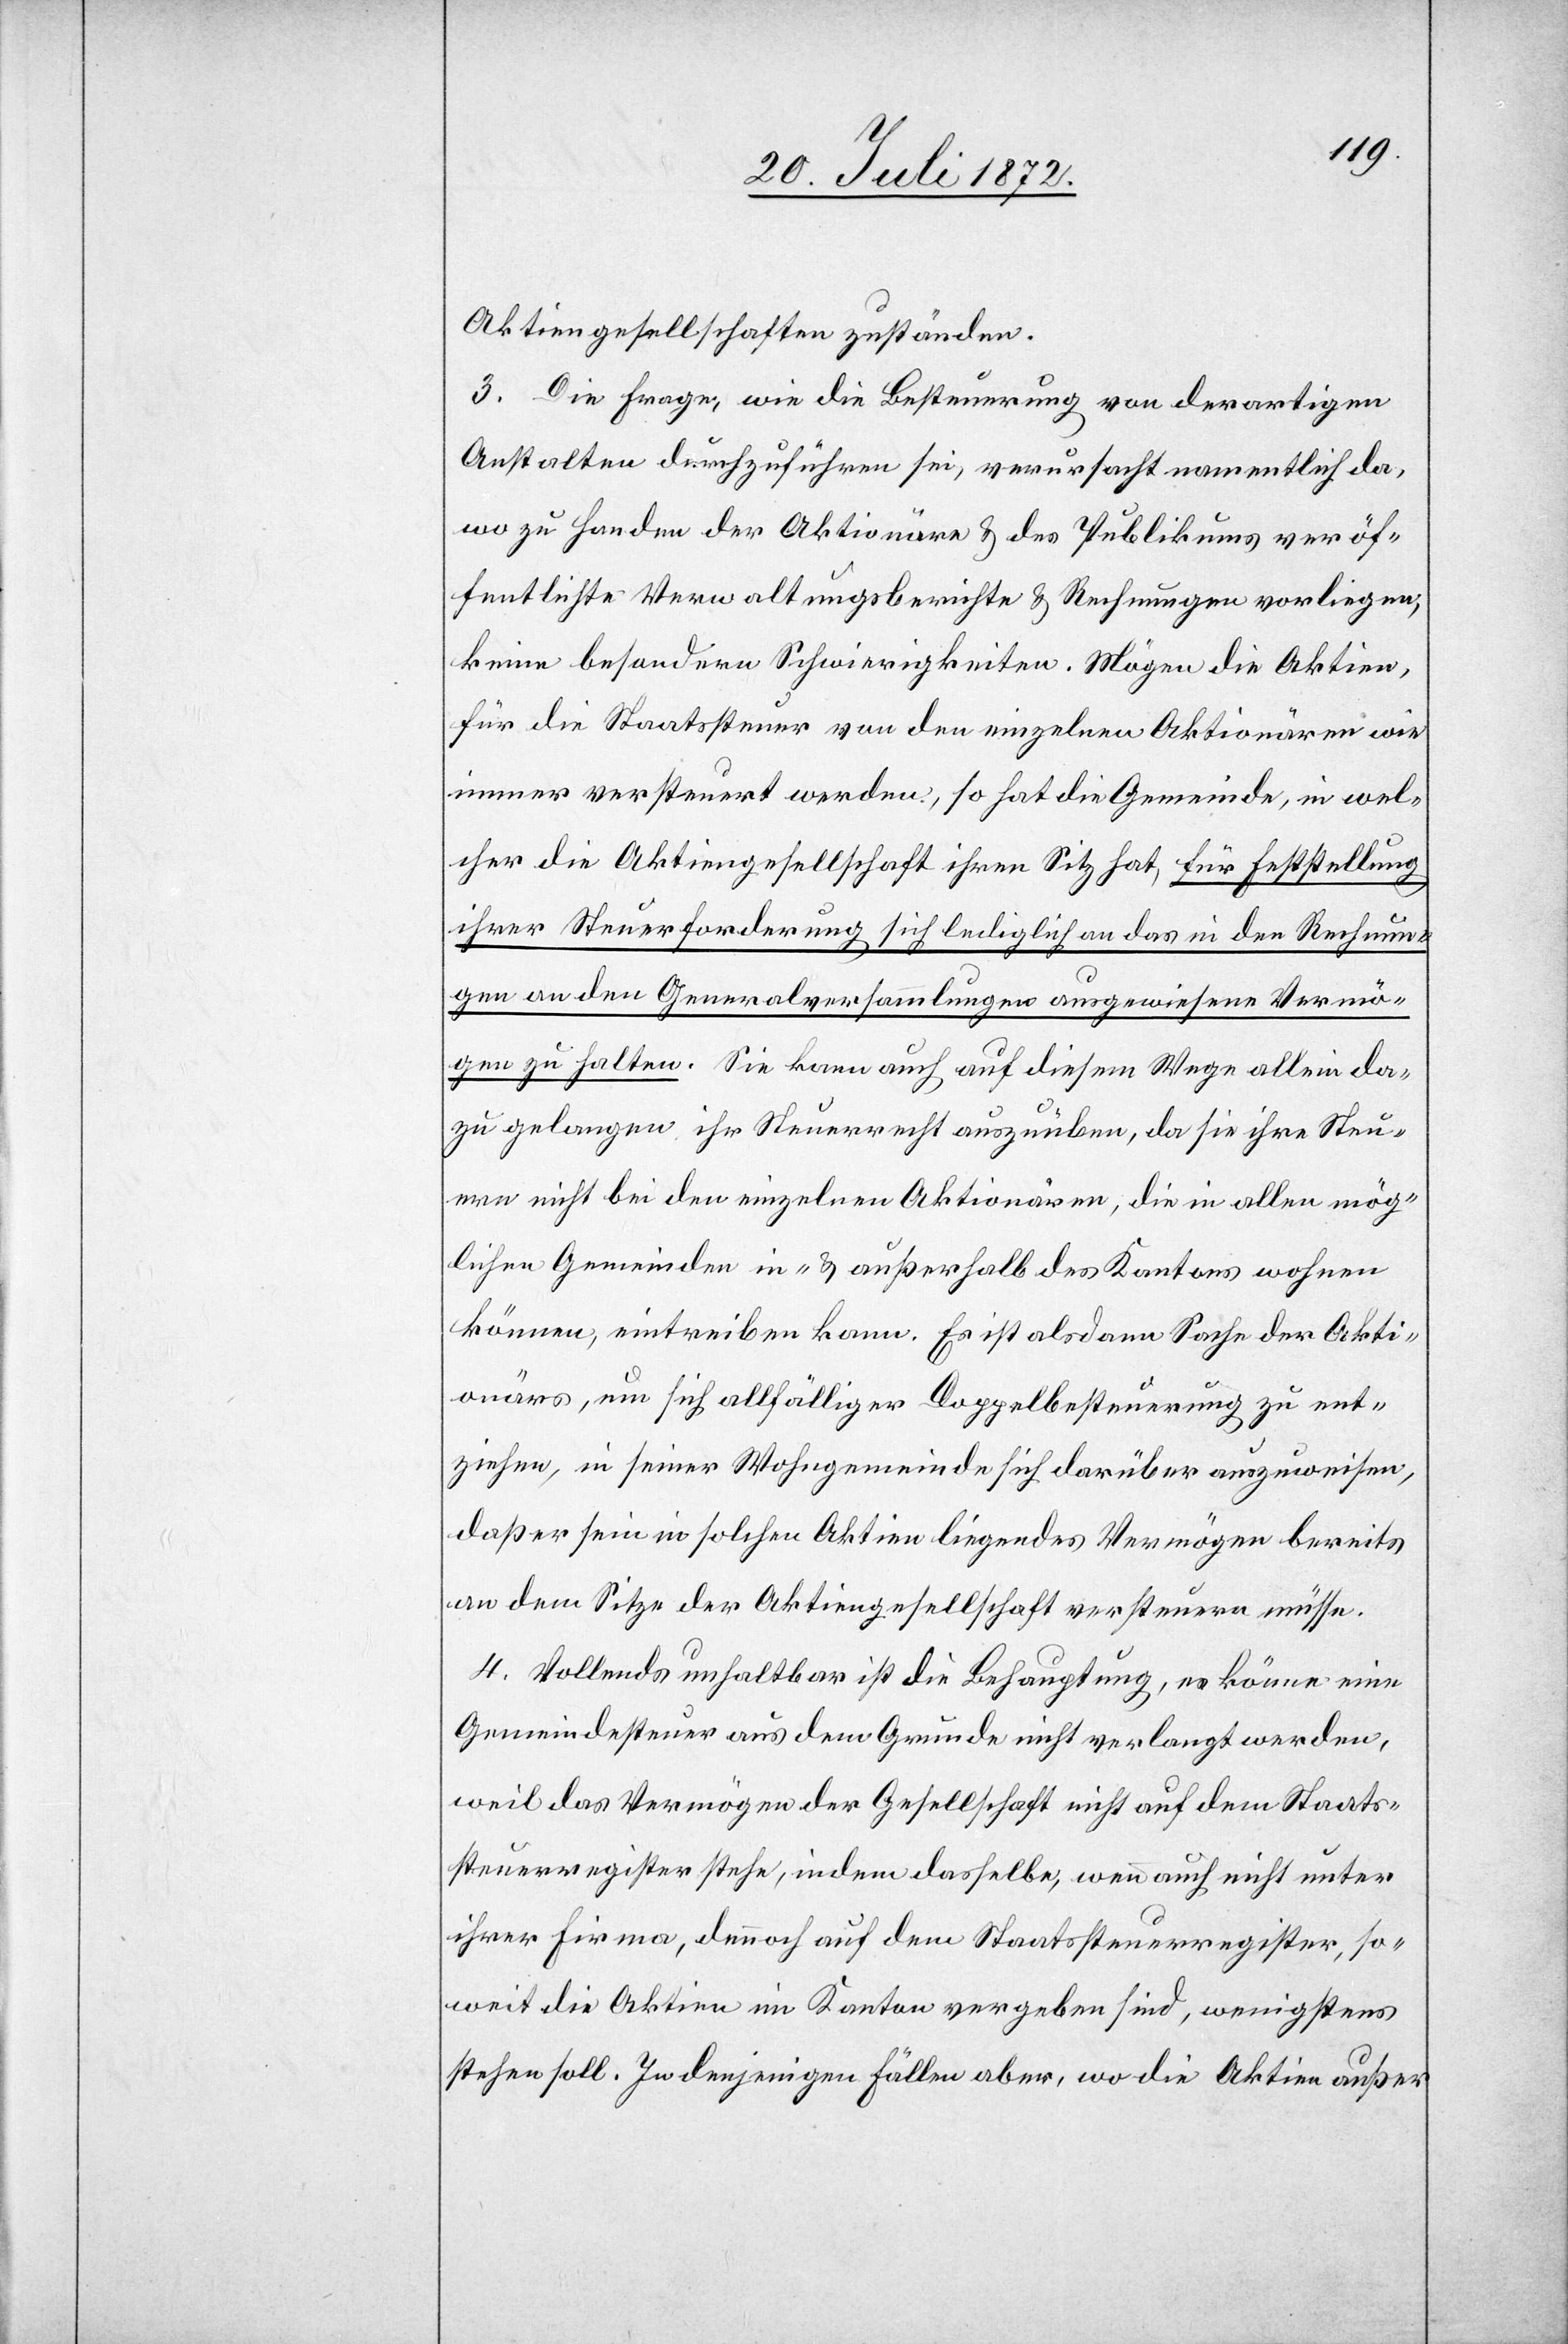
Aktiengesellschaften zuständen.
3. Die Frage, wie die Besteuerung von derartigen
Anstalten durchzuführen sei, verursacht namentlich da,
wo zu Handen der Aktionäre u. des Publikums veröf¬
fentlichte Verwaltungsberichte u. Rechnungen vorliegen,
keine besondern Schwierigkeiten. Mögen die Aktien
für die Staatssteuer von den einzelnen Aktionären wie
immer versteuert werden, so hat die Gemeinde, in wel¬
cher die Aktiengesellschaft ihren Sitz hat, für Feststellung
ihrer Steuerforderung sich lediglich an das in den Rechnun¬
gen an den Generalversammlungen ausgewiesene Vermö¬
gen zu halten. Sie kann auch auf diesem Wege allein da¬
zu gelangen ihr Steuerrecht auszuüben, da sie ihre Steu¬
ern nicht bei den einzelnen Aktionären, die in allen mög¬
lichen Gemeinde in- u. außerhalb des Kantons wohnen
können, eintreiben kann. Es ist alsdann Sache der Akti¬
onärs [sic!], um sich allfälliger Doppelbesteuerung zu ent¬
ziehen, in seiner Wohngemeinde sich darüber auszuweisen,
daß er sein in solchen Aktien liegendes Vermögen bereits
an dem Sitze der Aktiengesellschaft versteuern müsse.
4. Vollends unhaltbar ist die Behauptung, es könne eine
Gemeindesteuer aus dem Grunde nicht verlangt werden,
weil das Vermögen der Gesellschaft nicht auf dem Staats¬
steuerregister stehe, indem dasselbe, wenn auch nicht unter
ihrer Firma, dennoch auf dem Staatssteuerregister, so¬
weit die Aktien im Kanton vergeben sind, wenigstens
stehen soll. In denjenigen Fällen aber, wo die Aktien außer